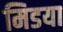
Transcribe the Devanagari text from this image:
मिडया